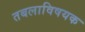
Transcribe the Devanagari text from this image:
तबलाविषयक